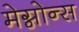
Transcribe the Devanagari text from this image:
मेग्नोन्स